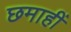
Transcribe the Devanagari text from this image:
छमाहीं